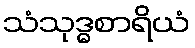
သံသုဒ္ဓစာရိယံ